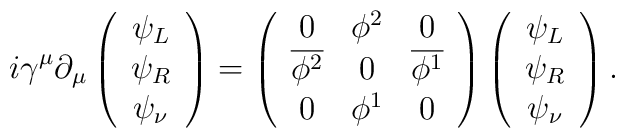
i\gamma^{\mu}\partial_{\mu}\left(\begin{array}{c} \psi_{L} \\ \psi_{R} \\ \psi_{\nu} \end{array}\right) =\left(\begin{array}{ccc} 0 & \phi^{2} & 0 \\ \overline{\phi^{2}} & 0 & \overline{\phi^{1}} \\ 0 & \phi^{1} & 0 \end{array} \right)\left(\begin{array}{c}\psi_{L} \\ \psi_{R} \\ \psi_{\nu} \end{array}\right).